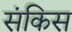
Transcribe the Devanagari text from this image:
संकिस